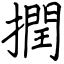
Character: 撋